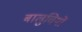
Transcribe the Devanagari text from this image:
बालुचियों